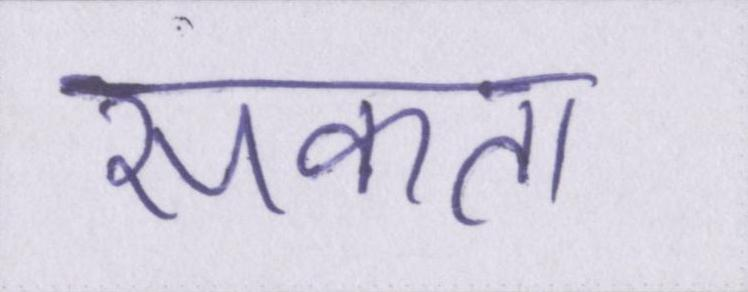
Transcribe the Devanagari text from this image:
सकता